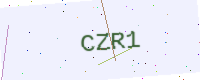
Text: CZR1